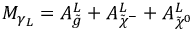
M _ { \gamma _ { L } } = A _ { \tilde { g } } ^ { L } + A _ { \tilde { \chi } ^ { - } } ^ { L } + A _ { \tilde { \chi } ^ { 0 } } ^ { L }